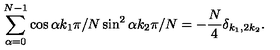
\sum _ { \alpha = 0 } ^ { N - 1 } \cos \alpha k _ { 1 } \pi / N \sin ^ { 2 } \alpha k _ { 2 } \pi / N = - \frac { N } { 4 } \delta _ { k _ { 1 } , 2 k _ { 2 } } .